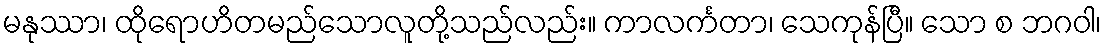
မနုဿာ၊ ထိုရောဟိတမည်သောလူတို့သည်လည်း။ ကာလင်္ကတာ၊ သေကုန်ပြီ။ သော စ ဘဂဝါ၊